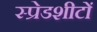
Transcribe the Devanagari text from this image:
स्प्रेडशीटों